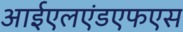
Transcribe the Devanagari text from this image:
आईएलएंडएफएस